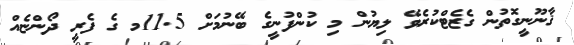
ޤާނޫނީގޮތުން ގެޒެޓްކުރެވޭ ލިޔުން މި ކުންފުނީގެ ބޭނުމަށް 11.5މ ގެ ފެރީ ދޯންޏެއް